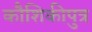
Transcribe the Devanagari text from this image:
कौशिकीपुत्र